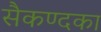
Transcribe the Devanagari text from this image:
सैकण्दका